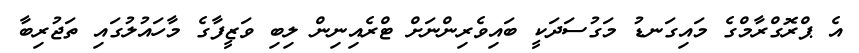
އެ ޕްރޮގްރާމްގެ މައިގަނޑު މަގުސަދަކީ ބައިވެރިންނަށް ޓްރެއިނިން ލިބި ވަޒީފާގެ މާހައުލުގައި ތަޖުރިބާ